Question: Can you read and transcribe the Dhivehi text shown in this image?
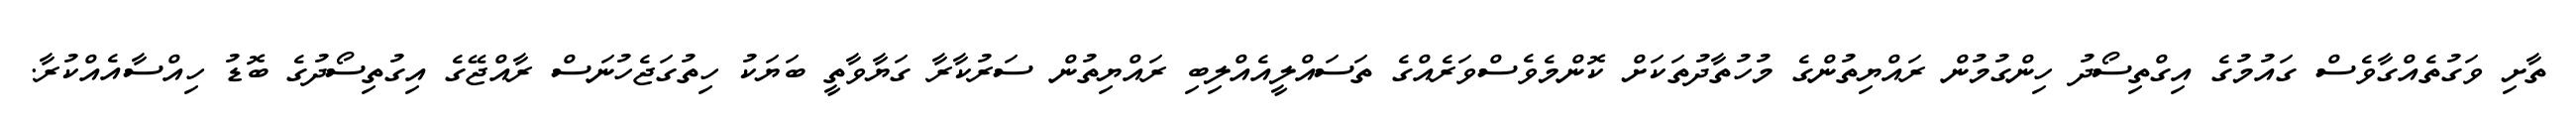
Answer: ތާށި ވަގުތެއްގާވެސް ގައުމުގެ އިގްތިސޯދު ހިންގުމުން ރައްޔިތުންގެ މުހުތާދުތަކަށް ކޮންމެވެސްވަރެއްގެ ތަސައްލީއެއްލިބި ރައްޔިތުން ސަރުކާރާ ގަޔާވާތީ ބަޔަކު ހިތުގަޖެހުނަސް ރާއްޖޭގެ އިގުތިސޯދުގެ ބޮޑު ހިއްސާއެއްކުރާ.